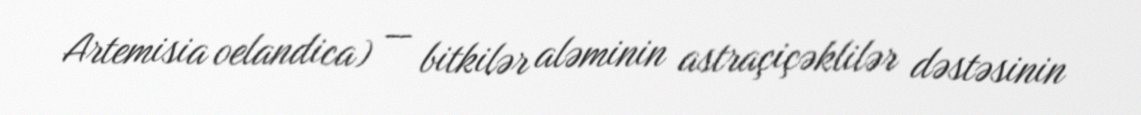
Artemisia oelandica) — bitkilər aləminin astraçiçəklilər dəstəsinin